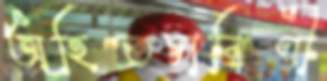
অহিতচারিণী